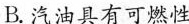
B.汽油具有可燃性